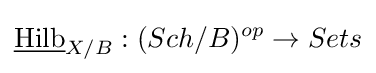
{\underline {\text{Hilb}}}_{X/B}:(Sch/B)^{op}\to Sets